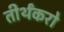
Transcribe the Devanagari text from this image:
तीर्थंकरो